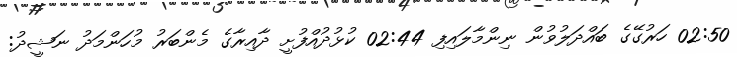
02:50 ހަރުގޭގެ ބައްދަލުވުން ނިންމާލައިފި 02:44 ކުޅުދުއްފުށީ ދާއިރާގެ މެންބަރު މުހަންމަދު ނަޝީދު: